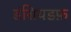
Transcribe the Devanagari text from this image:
डंसियडफ़